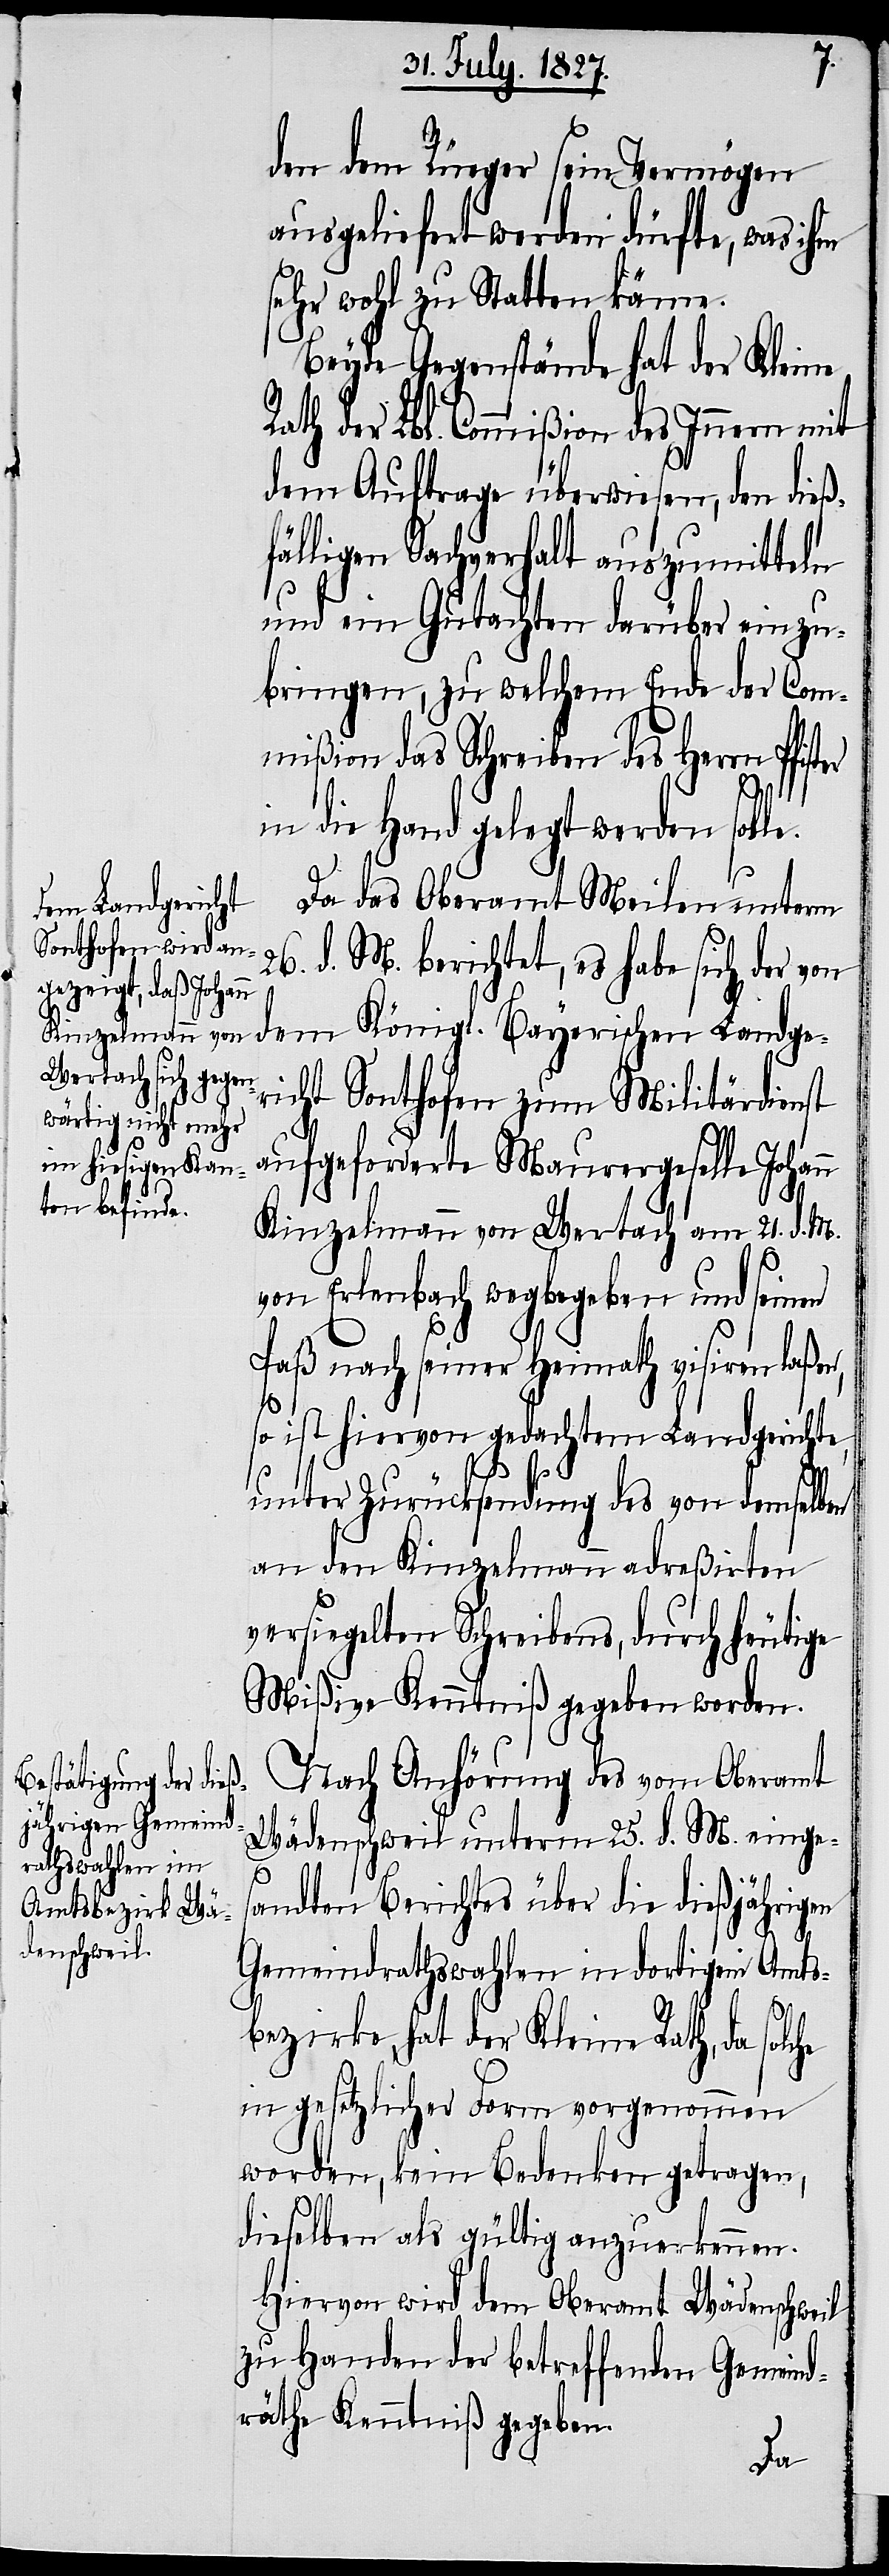
den dem Rüeger sein Vermögen
ausgeliefert werden dürfte, was ihm
sehr wohl zu Statten käme.
Beyde Gegenstände hat der Kleine
Rath der Lbl. Commißion des Innern mit
dem Auftrage überwiesen, den dieß¬
fälligen Sachverhalt auszumitteln
und ein Gutachten darüber einzu¬
bringen, zu welchem Ende der Com¬
mißion das Schreiben des Herrn Pfis¬
in die Hand gelegt werden sol¬
Da das Oberamt Meilen unterm
26. d. M. berichtet, es habe sich der von
dem Königl. Bayerischen Landge¬
richt Sonthofen zum Militärdienst
aufgeforderte Maurergeselle Johann
Kinzelmann von Wertach am 21. d. M.
von Erlenbach wegbegeben und seinen
Paß nach seiner Heimath visiren laße¬
so ist hiervon gedachtem Landgerichte,
unter Zurücksendung des von demselben
an den Kinzelmann adreßirten
versiegelten Schreibens, durch heutige
Mißive Kenntniß gegeben worden.
Nach Anhörung des vom Oberamt
Wädenschweil unterm 25. d. M. einge¬
s¬
andten Berichtes über die dießjährigen
n,
Gemeindrathswahlen in dortigem Amts¬
bezirke, hat der Kleine Rath, da solche
in gesetzlicher Form vorgenommen
worden, kein Bedenken getragen,
dieselben als gültig anzuerkennen.
Hiervon wird dem Oberamt Wädenschweil
zu Handen der betreffenden Gemeind¬
räthe Kenntniß gegeben.